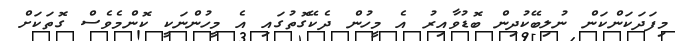
މިފަދަކަންކަން ނުލިބޭކުދިން ބޮޑުވާއިރު އެ މީހުން ދެކޭގޮތުގައި އެ މީހުންނަކީ ކޮންމެވެސް ގޮތަކަށް